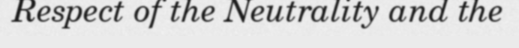
Respect of the Neutrality and the